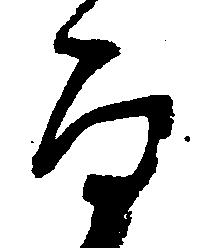
百